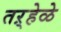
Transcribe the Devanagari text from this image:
तऱ्हेळे